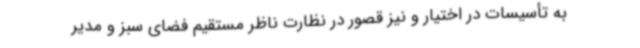
به تأسیسات در اختیار و نیز قصور در نظارت ناظر مستقیم فضای سبز و مدیر